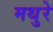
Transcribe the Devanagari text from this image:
मथुरे